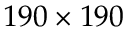
1 9 0 \times 1 9 0